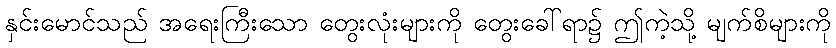
နှင်းမောင်သည် အရေးကြီးသော တွေးလုံးများကို တွေးခေါ်ရာ၌ ဤကဲ့သို့ မျက်စိများကို